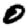
Digit: 0